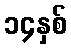
၁၄နှစ်